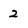
Character: 2